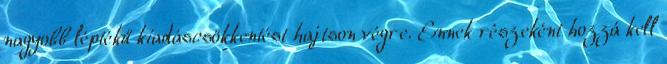
nagyobb léptékű kiadáscsökkentést hajtson végre. Ennek részeként hozzá kell